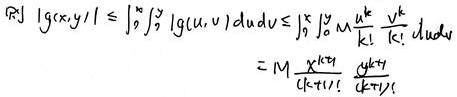
\[ \text{(R)} \quad |g(x,y)| \leq \int_0^x \int_0^y |g(u,v)| dudv \leq \int_0^x \int_0^y M \sum_{k=0}^{\infty} \frac{u^k}{k!} \frac{v^k}{k!} dudv = M \frac{x^{k+1}}{(k+1)!} \frac{y^{k+1}}{(k+1)!} \]